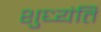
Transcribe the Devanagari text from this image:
शुध्यंति